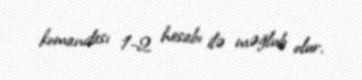
komandası 1-2 hesabı ilə məğlub olur.